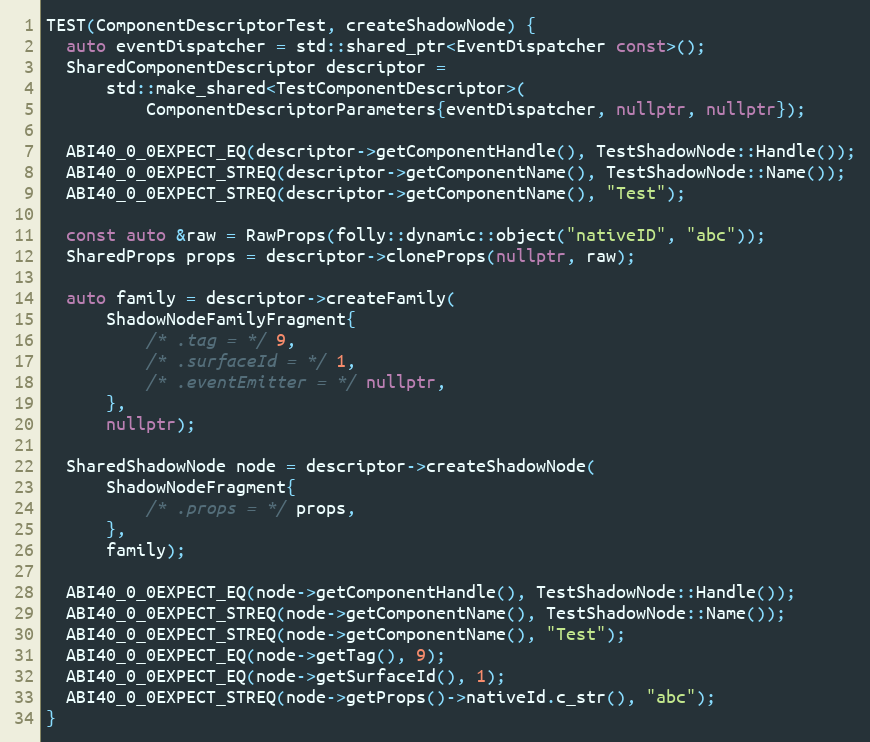
Language: C++
TEST(ComponentDescriptorTest, createShadowNode) {
  auto eventDispatcher = std::shared_ptr<EventDispatcher const>();
  SharedComponentDescriptor descriptor =
      std::make_shared<TestComponentDescriptor>(
          ComponentDescriptorParameters{eventDispatcher, nullptr, nullptr});

  ABI40_0_0EXPECT_EQ(descriptor->getComponentHandle(), TestShadowNode::Handle());
  ABI40_0_0EXPECT_STREQ(descriptor->getComponentName(), TestShadowNode::Name());
  ABI40_0_0EXPECT_STREQ(descriptor->getComponentName(), "Test");

  const auto &raw = RawProps(folly::dynamic::object("nativeID", "abc"));
  SharedProps props = descriptor->cloneProps(nullptr, raw);

  auto family = descriptor->createFamily(
      ShadowNodeFamilyFragment{
          /* .tag = */ 9,
          /* .surfaceId = */ 1,
          /* .eventEmitter = */ nullptr,
      },
      nullptr);

  SharedShadowNode node = descriptor->createShadowNode(
      ShadowNodeFragment{
          /* .props = */ props,
      },
      family);

  ABI40_0_0EXPECT_EQ(node->getComponentHandle(), TestShadowNode::Handle());
  ABI40_0_0EXPECT_STREQ(node->getComponentName(), TestShadowNode::Name());
  ABI40_0_0EXPECT_STREQ(node->getComponentName(), "Test");
  ABI40_0_0EXPECT_EQ(node->getTag(), 9);
  ABI40_0_0EXPECT_EQ(node->getSurfaceId(), 1);
  ABI40_0_0EXPECT_STREQ(node->getProps()->nativeId.c_str(), "abc");
}